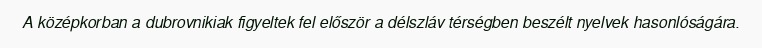
A középkorban a dubrovnikiak figyeltek fel először a délszláv térségben beszélt nyelvek hasonlóságára.